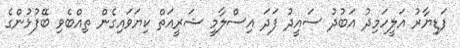
ފަޑިޔާރު އަލީހަމިދު އަބުދު ސައީދު ފަދަ އިސްލާމީ ޝަރީއަތް ކިޔަވައިގެން ތިއްބެވި ބޭފުޅުންގެ